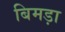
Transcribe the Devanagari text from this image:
बिमड़ा